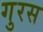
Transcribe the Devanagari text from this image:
गुरस